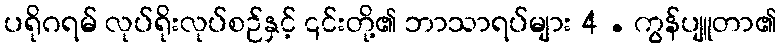
ပရိုဂရမ် လုပ်ရိုးလုပ်စဉ်နှင့် ၎င်းတို့၏ ဘာသာရပ်များ 4 . ကွန်ပျူတာ၏